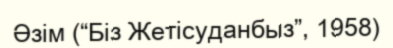
Әзім (“Біз Жетісуданбыз”, 1958)